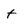
Character: t